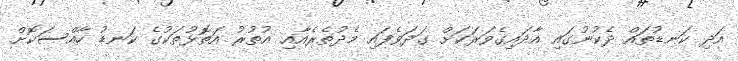
އަދި ކަނޑުތައް ދެކުނުގައި އާދައިގެވަރަކަށް ގަދަވެފައި މެދުތެރެއާއި އުތުރު އަތޮޅުތަކުގެ ކަނޑު ހާއްސަކޮށް